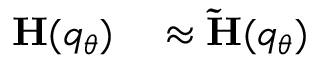
\begin{array} { r l } { \mathbf { H } ( q _ { \theta } ) } & { { } \approx \mathbf { \Tilde { H } } ( q _ { \theta } ) } \end{array}